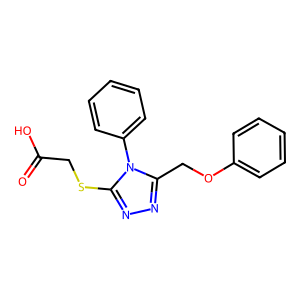
SMILES: O=C(O)CSc1nnc(COc2ccccc2)n1-c1ccccc1
Inhibits HIV replication: No